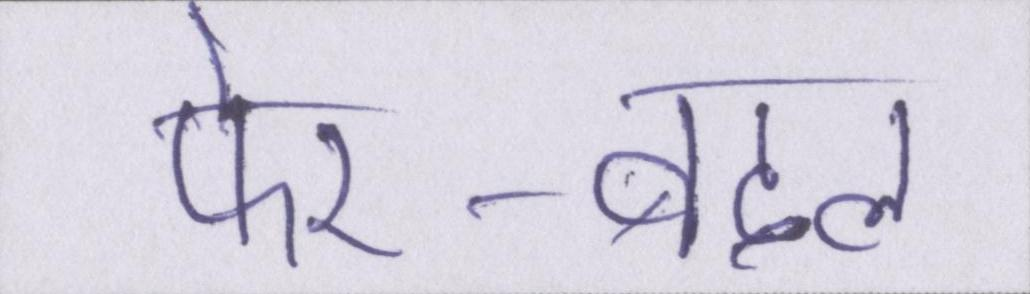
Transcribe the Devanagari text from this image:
फेर-बदल